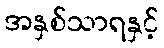
အနှစ်သာရနှင့်